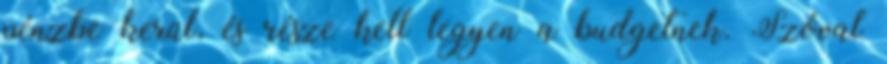
pénzbe kerül, és része kell legyen a budgetnek. Szóval